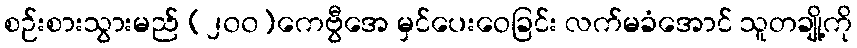
စဉ်းစားသွားမည် (၂၀၀)ကေဗွီအေ မှင်ပေးဝေခြင်း လက်မခံအောင် သူတချို့ကို